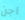
أجن